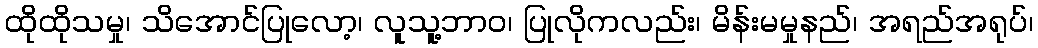
ထိုထိုသမှု၊ သိအောင်ပြုလော့၊ လူသူ့ဘာဝ၊ ပြုလိုကလည်း၊ မိန်းမမှုနည်၊ အရည်အရုပ်၊